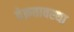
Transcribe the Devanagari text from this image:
वेक्रतावस्था